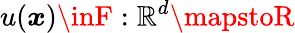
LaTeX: u(\boldsymbol{\mathit{x}})\inF:\mathbb{{R}}^{d}\mapstoR